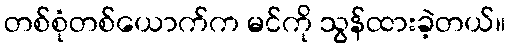
တစ်စုံတစ်ယောက်က မင်ကို သွန်ထားခဲ့တယ်။